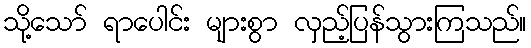
သို့သော် ရာပေါင်း များစွာ လှည့်ပြန်သွားကြသည်။